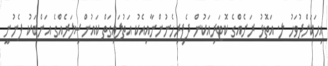
އިހަކަށްދުވަހު ލ. އަތޮޅު ރަށެއްގެ ކޮޓަރިއަކުން ދެފިރިހެނުންނާއިއެކު އަތުލައިގަތް ކައުންސިލަރެއްގެ އަންބަކު ފެނުނީ